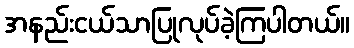
အနည်းငယ်သာပြုလုပ်ခဲ့ကြပါတယ်။